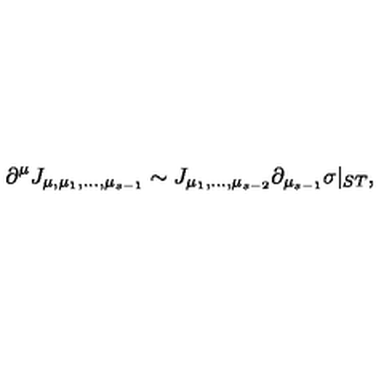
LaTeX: \partial ^ { \mu } J _ { \mu , \mu _ { 1 } , . . . , \mu _ { s - 1 } } \sim J _ { \mu _ { 1 } , . . . , \mu _ { s - 2 } } \partial _ { \mu _ { s - 1 } } \sigma | _ { S T } ,